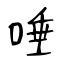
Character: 唾